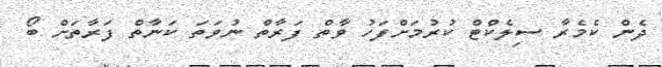
ދެން ކެމެރާ ސިލެކްޓް ކުރުމަށްފަހު ވާތް ފަރާތް ނުވަތަ ކަނާތް ފަރާތަށް ބޯ